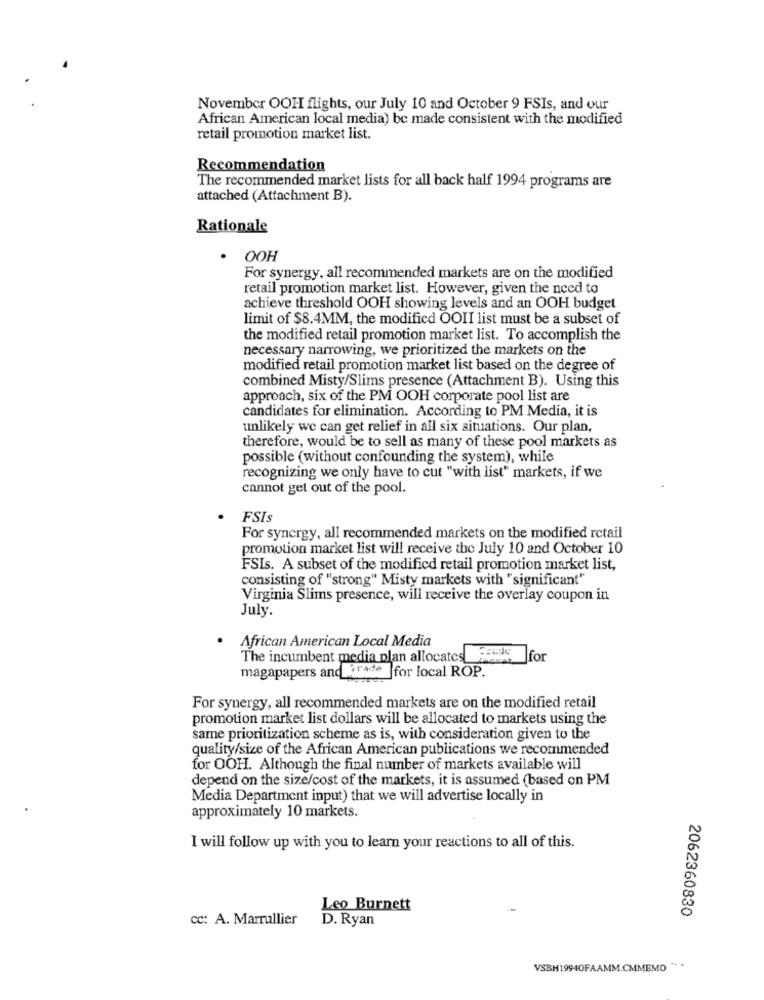
November OOH flights, our July 10 and October 9 FSIs, and our
African American local media) be made consistent with the modified
retail promotion market list.
Recommendation
The recommended market lists for all back half 1994 programs are
attached (Attachment B).
Rationale
OOH
For synergy, all recommended markets are on the modified
retail promotion market list. However, given the need to
achieve threshold OOH showing levels and an OOH budget
limit of $8.4MM, the modified OOII list must be a subset of
the modified retail promotion market list. To accomplish the
necessary narrowing, we prioritized the markets on the
modified retail promotion market list based on the degree of
combined Misty/Slims presence (Attachment B). Using this
approach, six of the PM OOH corporate pool list are
candidates for elimination. According to PM Media, it is
unlikely we can get relief in all six situations. Our plan,
therefore, would be to sell as many of these pool markets as
possible (without confounding the system), while
recognizing we only have to cut "with list" markets, if we
cannot get out of the pool.
FSIs
For synergy, all recommended markets on the modified retail
promotion market list will receive the July 10 and October 10
FSIs. A subset of the modified retail promotion market list,
consisting of "strong" Misty markets with "significant"
Virginia Slims presence, will receive the overlay coupon in
July.
African American Local Media
The incumbent media plan allocates
for
magapapers and irade for local ROP.
For synergy, all recommended markets are on the modified retail
promotion market list dollars will be allocated to markets using the
same prioritization scheme as is, with consideration given to the
quality/size of the African American publications we recommended
for OOH. Although the final number of markets available will
depend on the size/cost of the markets, it is assumed (based on PM
Media Department input) that we will advertise locally in
approximately 10 markets.
I will follow up with you to learn your reactions to all of this.
Leo Burnett
2062360830
cc: A. Marrullier
D. Ryan
VSBH19940FAAMM.CMMEMO " -